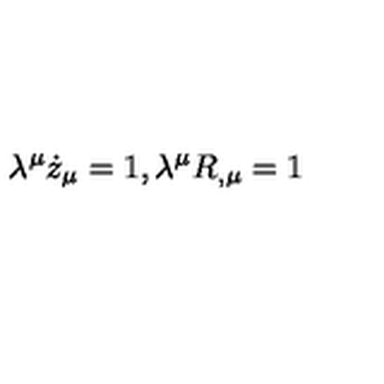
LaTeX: \lambda ^ { \mu } \dot { z } _ { \mu } = 1 , \lambda ^ { \mu } R _ { , \mu } = 1